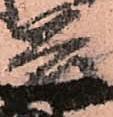
兵